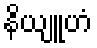
နိယျူဟံ